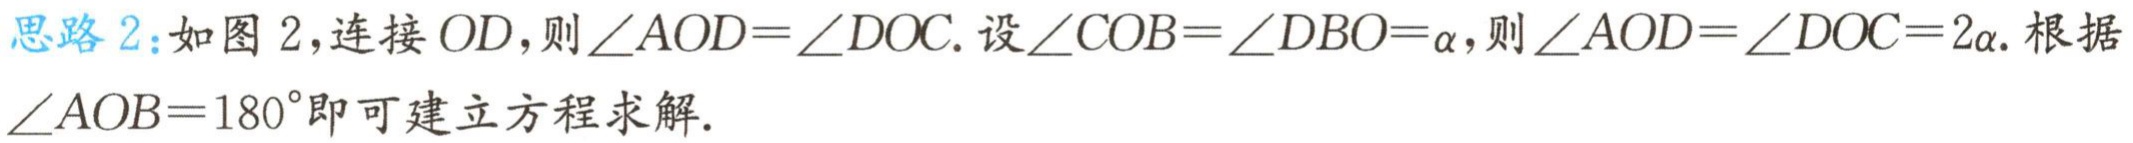
思路 2：如图 2，连接 \(OD\)，则\(\angle AOD = \angle DOC\). 设\(\angle COB=\angle DBO = \alpha\)，则\(\angle AOD=\angle DOC = 2\alpha\). 根据\(\angle AOB = 180^{\circ}\)即可建立方程求解.